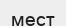
мест